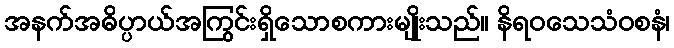
အနက်အဓိပ္ပာယ်အကြွင်းရှိသောစကားမျိုးသည်။ နိရဝသေသံဝစနံ၊